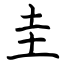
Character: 圭